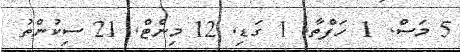
5 މަސް